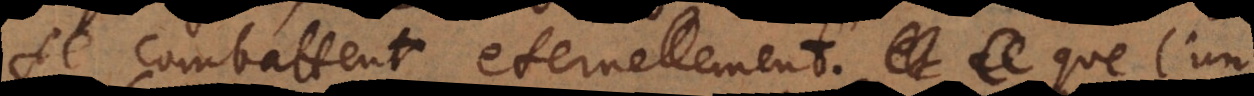
se combattent eternellement. Ce que l’un